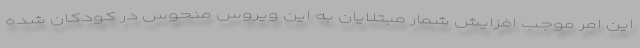
این امر موجب افزایش شمار مبتلایان به این ویروس منحوس در کودکان شده